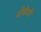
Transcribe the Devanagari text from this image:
वीकेपी